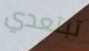
تبتعدي